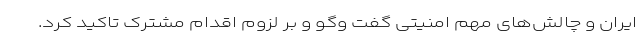
ایران و چالش‌های مهم امنیتی گفت وگو و بر لزوم اقدام مشترک تاکید کرد.